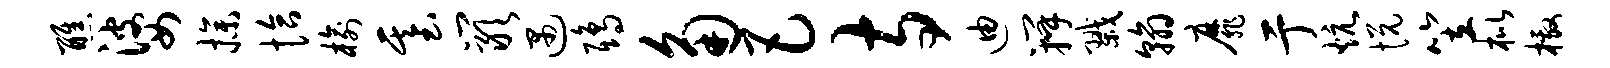
醮婆操恰榆基岩遇鸱角巴寺迪瓣戮翰靡亍炕悦笠枇檄